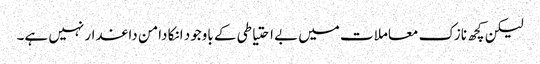
لیکن کچھ نازک معاملات میں بے احتیاطی کے باوجود انکا دامن داغدار نہیں ہے۔